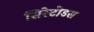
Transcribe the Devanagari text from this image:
सिरेटोडस